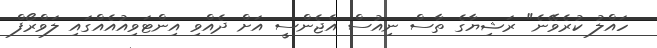
ހައްލު ކުރެވޭނެ" ރަޝިޔާގެ ތާާސް ނިއުސް އެޖެންސީ އަށް ދެއްވި އިންޓަވިއުއެއްގައި ލަވްރޯފް